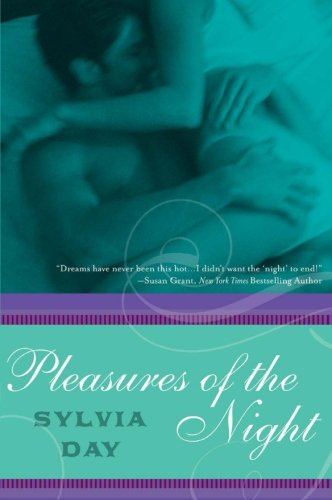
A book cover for Pleasures of the Night (Dream Guardians, Book 1); Sylvia Day; Romance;